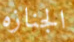
الجنازه